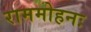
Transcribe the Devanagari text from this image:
राममोहनः